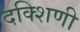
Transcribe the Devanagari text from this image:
दक्शिणी